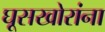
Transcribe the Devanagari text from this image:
घूसखोरांना